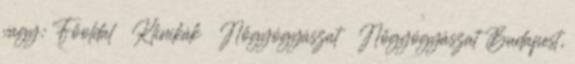
vagy: Főoldal Klinikák Nőgyógyászat Nőgyógyászat Budapest,